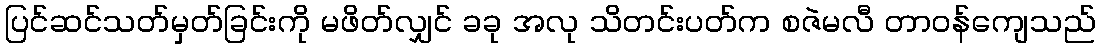
ပြင်ဆင်သတ်မှတ်ခြင်းကို မဖိတ်လျှင် ခခု အလု သိတင်းပတ်က စဇဲမလီ တာဝန်ကျေသည်